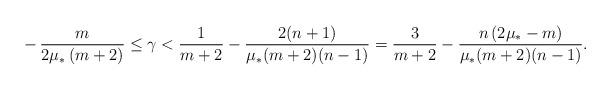
LaTeX: \begin{align*} -\,\frac{m}{2\mu_*\left(m+2\right)} \le \gamma < \frac 1 {m+2} -\frac{2(n+1)}{\mu_\ast (m+2)(n-1)} =\frac 3 {m+2} -\frac {n\left(2\mu_\ast -m\right)}{\mu_\ast (m+2)(n-1)}.\end{align*}